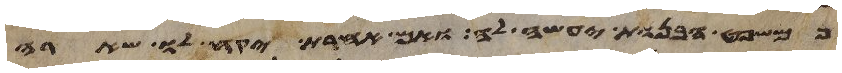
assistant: כמשפט הבנות יעשה לה ואם אחרת יקח לו שארה